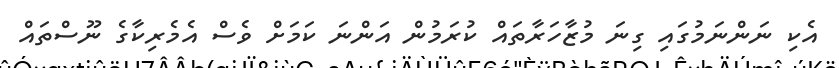
އެކި ނަންނަމުގައި ގިނަ މުޒާހަރާތައް ކުރަމުން އަންނަ ކަމަށް ވެސް އެމެރިކާގެ ނޫސްތައް